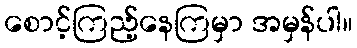
စောင့်ကြည့်နေကြမှာ အမှန်ပါ။